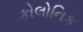
કોલોનિક